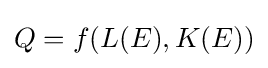
Q=f(L(E),K(E))